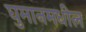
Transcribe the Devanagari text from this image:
घुमानमधील